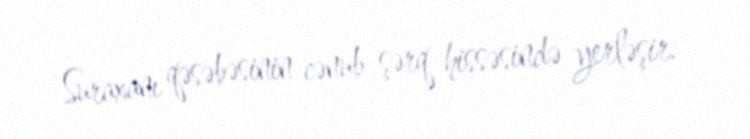
Suraxanı qəsəbəsinin cənub-şərq hissəsində yerləşir.